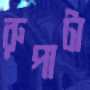
রুপাটা